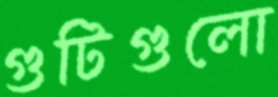
গুটিগুলো